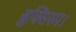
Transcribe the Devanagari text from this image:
ब्रुक्सिस्म।